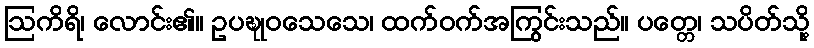
ဩကိရိ၊ လောင်း၏။ ဥပဍ္ဎုဝသေသေ၊ ထက်ဝက်အကြွင်းသည်။ ပတ္တေ၊ သပိတ်သို့